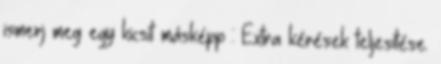
ismerj meg egy kicsit másképp : Extra kérések teljesítése.